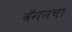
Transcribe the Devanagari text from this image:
वॅगनचा